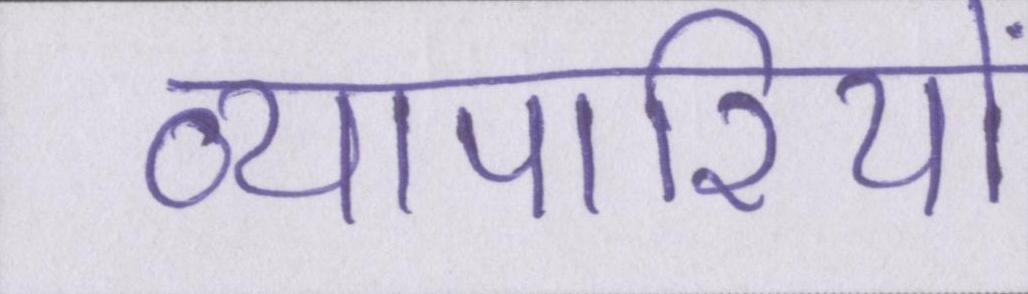
व्यापारियों